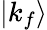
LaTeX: |k_{f}\rangle